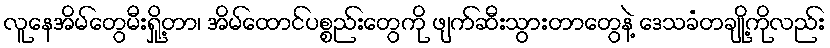
လူနေအိမ်တွေမီးရှို့တာ၊ အိမ်ထောင်ပစ္စည်းတွေကို ဖျက်ဆီးသွားတာတွေနဲ့ ဒေသခံတချို့ကိုလည်း